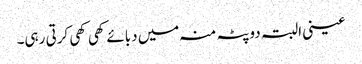
عینی البتہ دوپٹہ منہ میں دبائے کھی کھی کرتی رہی۔